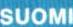
SUOMI